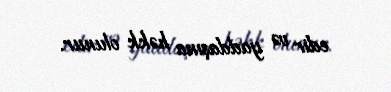
edir və yaddaşına həkk olunur.